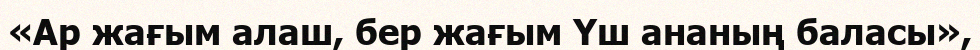
«Ар жағым алаш, бер жағым Үш ананың баласы»,